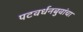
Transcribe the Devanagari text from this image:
पटवर्धनबुवांचा